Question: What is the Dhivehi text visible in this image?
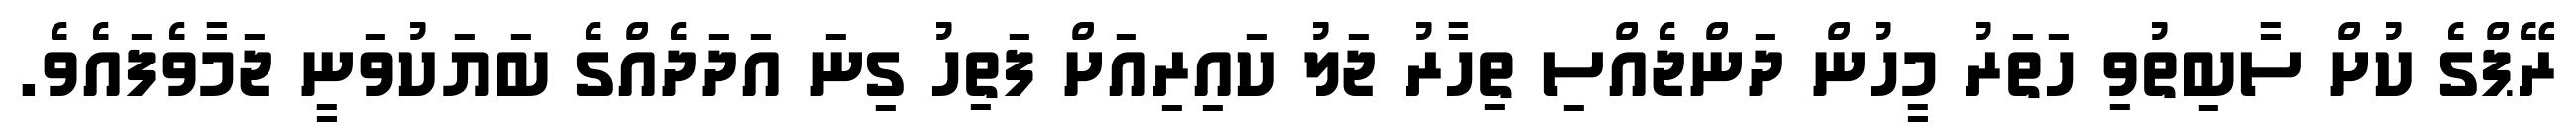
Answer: ރޭޕްގެ ކުށް ސާބިތުވި ހަތަރު މީހުން ދަންޖެއްސި ތިހާރު ޖަލު ކައިރިއަށް ފަތިހު ގިނަ އަދަދެއްގެ ބަޔަކުވަނީ ޖަމާވެފައެވެ.